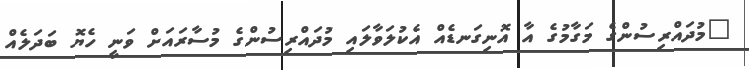
"މުދައްރިސުންގެ މަގާމުގެ އާ އޮނިގަނޑެއް އެކުލަވާލައި މުދައްރިސުންގެ މުސާރައަށް ވަނީ ހެޔޮ ބަދަލެއް